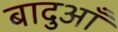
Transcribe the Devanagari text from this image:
बादुआँ